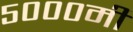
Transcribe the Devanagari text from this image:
५०००मी